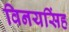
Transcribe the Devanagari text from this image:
विनयसिंह